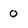
Character: O